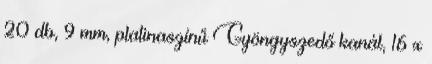
20 db, 9 mm, platinaszínű Gyöngyszedő kanál, 16 x